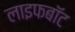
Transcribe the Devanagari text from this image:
लाइफबाॅट